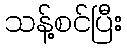
သန့်စင်ပြီး